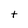
Character: t